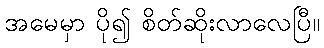
အမေမှာ ပို၍ စိတ်ဆိုးလာလေပြီ။